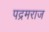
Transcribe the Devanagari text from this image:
पद्रमराज